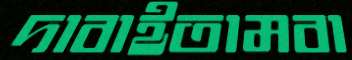
দাবাইতামবা